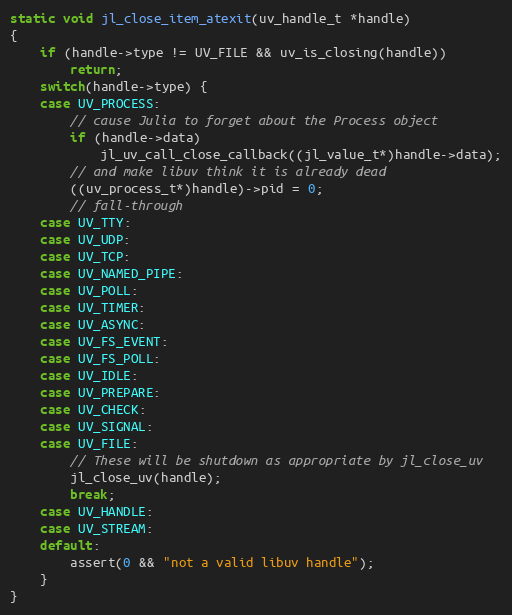
Language: C
static void jl_close_item_atexit(uv_handle_t *handle)
{
    if (handle->type != UV_FILE && uv_is_closing(handle))
        return;
    switch(handle->type) {
    case UV_PROCESS:
        // cause Julia to forget about the Process object
        if (handle->data)
            jl_uv_call_close_callback((jl_value_t*)handle->data);
        // and make libuv think it is already dead
        ((uv_process_t*)handle)->pid = 0;
        // fall-through
    case UV_TTY:
    case UV_UDP:
    case UV_TCP:
    case UV_NAMED_PIPE:
    case UV_POLL:
    case UV_TIMER:
    case UV_ASYNC:
    case UV_FS_EVENT:
    case UV_FS_POLL:
    case UV_IDLE:
    case UV_PREPARE:
    case UV_CHECK:
    case UV_SIGNAL:
    case UV_FILE:
        // These will be shutdown as appropriate by jl_close_uv
        jl_close_uv(handle);
        break;
    case UV_HANDLE:
    case UV_STREAM:
    default:
        assert(0 && "not a valid libuv handle");
    }
}